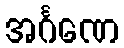
အင်္ဂဏေ